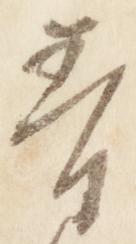
青